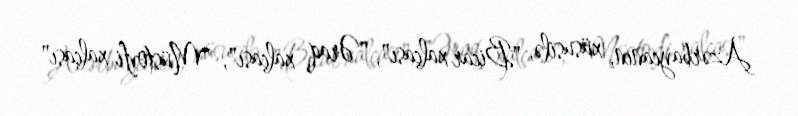
Azərbaycanın, xüsusilə, "Bicar xalçası", "Əraq xalçası", "Müstovfi xalçası"